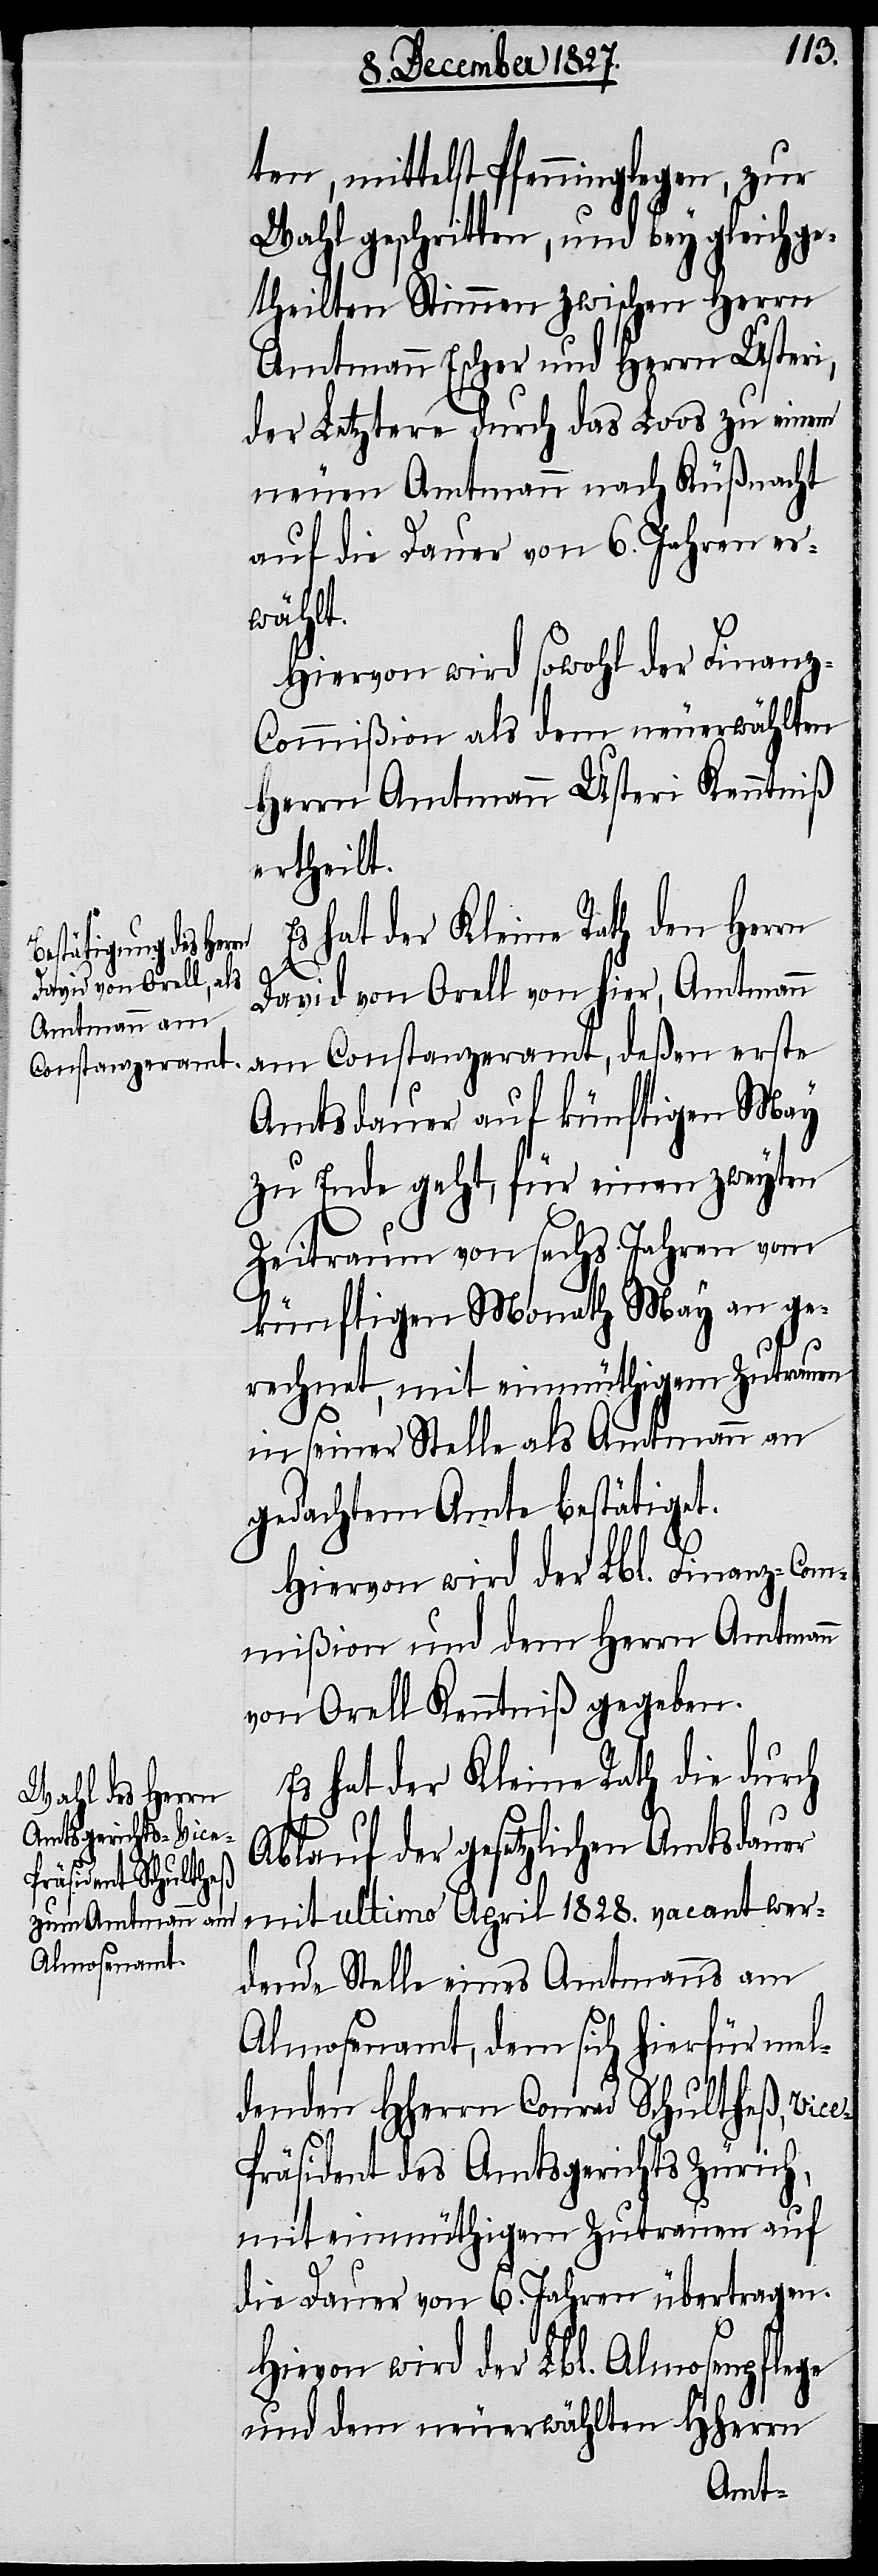
ten, mittelst Pfenniglegen, zur
Wahl geschritten, und bey gleich ge¬
theilten Stimmen zwischen Herrn
Amtmann Escher und Herrn Usteri,
der Letztere durch das Loos zu einem
neuen Amtmann nach Küßnacht
auf die Dauer von 6. Jahren er¬
wählt.
Hiervon wird sowohl der Finanz-C¬
ommißion als dem neuerwählten
Herrn Amtmann Usteri Kenntniß
ertheilt.
Es hat der Kleine Rath dem Herrn
e-P¬
David von Orell von hier, Amtmann
am Constanzeramt, deßen erste
Amtsdauer auf künftigen May
zu Ende geht, für einen zweyten
Zeitraum von sechs Jahren vom
künftigen Monath May an ge¬
rechnet, mit einmüthigem Zutrauen
in seiner Stelle als Amtmann an
gedachtem Amte bestätigt.
Hiervon wird der Lbl. Finanz-Com¬
mißion und dem Herrn Amtmann
von Orell Kenntniß gegeben.
Es hat der Kleine Rath die durch
Ablauf der gesetzlichen Amtsdauer
mit ultimo April 1828. vacant wer¬
dende Stelle eines Amtmanns am
Almosenamt, dem sich hierfür mel¬
denden HHerrn Conrad Schultheß, Vic¬
räsident des Amtsgerichts Zürich,
mit einmüthigem Zutrauen auf
die Dauer von 6. Jahren übertragen.
Hievon wird der Lbl. Almosenpflege
und dem neuerwählten HHerrn